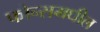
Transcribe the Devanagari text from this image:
फोन्समधील